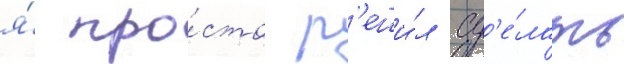
я́ про́сто р'еши́л сд'е́лать